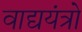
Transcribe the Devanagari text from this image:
वाद्ययंत्रो